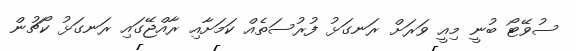
ސުވޭޓޯ ބުނީ މިއީ ވަރަށް ރަނގަޅު ފުރުސަތެއް ކަމަށާއި ރާއްޖޭގައި ރަނގަޅު ކޯޗުން